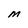
Character: M